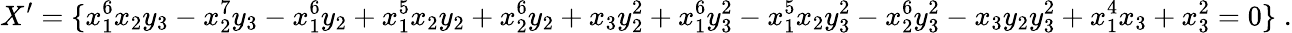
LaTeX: X^{\prime}=\{ x_{1}^{6}x_{2}y_{3}-x_{2}^{7}y_{3}-x_{1}^{6}y_{2}+x_{1}^{5}x_{2}y_{2}+x_{2}^{6}y_{2}+x_{3}y_{2}^{2}+x_{1}^{6}y_{3}^{2}-x_{1}^{5}x_{2}y_{3}^{2}-x_{2}^{6}y_{3}^{2}-x_{3}y_{2}y_{3}^{2}+x_{1}^{4}x_{3}+x_{3}^{2}=0\} \; .